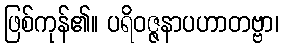
ဖြစ်ကုန်၏။ ပရိဝဇ္ဇနာပဟာတဗ္ဗာ၊